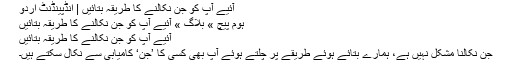
آئیے آپ کو جن نکالنے کا طریقہ بتائیں | انڈپینڈنٹ اردو
ہوم پیچ » بلاگ » آئیے آپ کو جن نکالنے کا طریقہ بتائیں
آئیے آپ کو جن نکالنے کا طریقہ بتائیں
جن نکالنا مشکل نہیں ہے، ہمارے بتائے ہوئے طریقے پر چلتے ہوئے آپ بھی کسی کا ’جن‘ کامیابی سے نکال سکتے ہیں۔